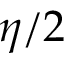
\eta / 2